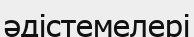
әдістемелері